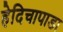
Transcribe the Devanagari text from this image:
हेदिचापाडा